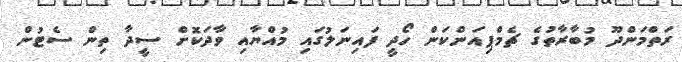
ރަތްމަންދޫ މުބާރާތުގެ ޗެމްޕިއަންކަން ހޯދީ ފައިނަލުގައި މުއްޔާއި ވާދަކޮށް ސީދާ ތިން ސެޓުން